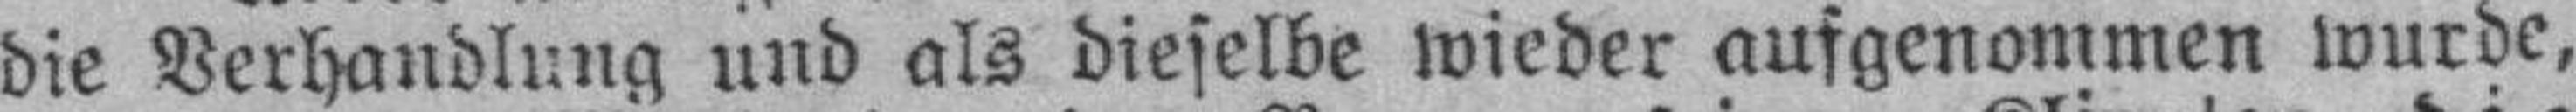
die Verhandlung und als dieselbe wieder ausgenommen wurde,